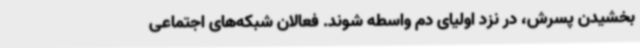
بخشیدن پسرش، در نزد اولیای دم واسطه شوند. فعالان شبکه‌های اجتماعی